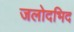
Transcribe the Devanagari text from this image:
जलोदभिद